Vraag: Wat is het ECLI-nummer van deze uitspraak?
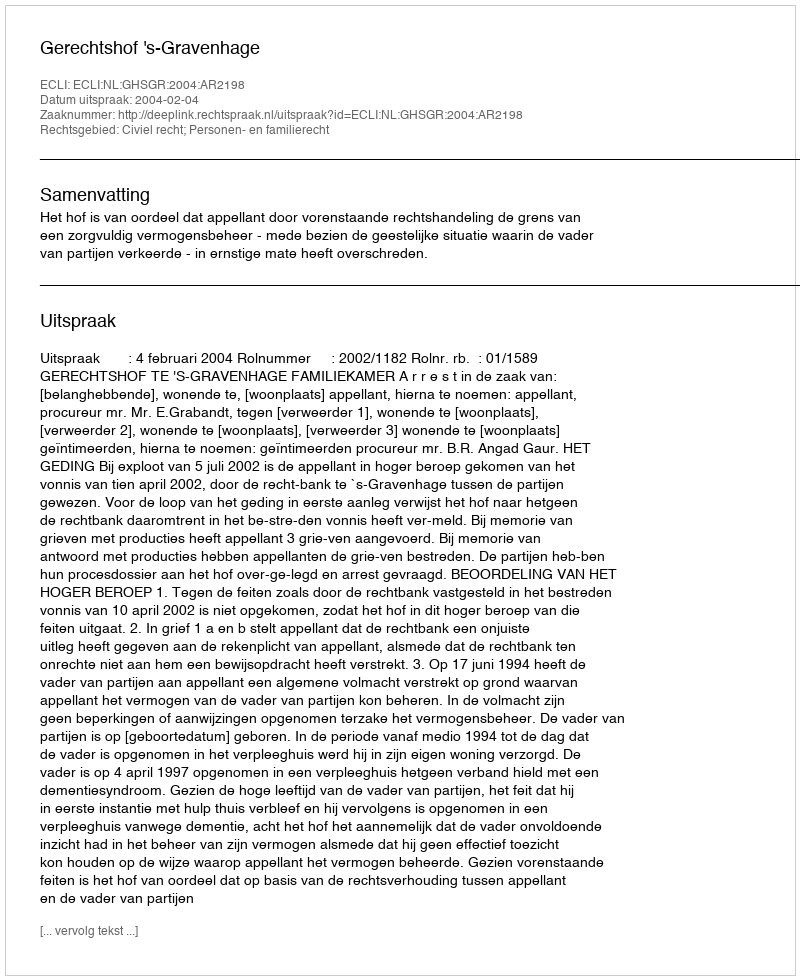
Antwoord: ECLI:NL:GHSGR:2004:AR2198